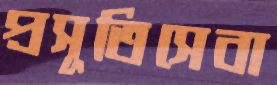
প্রসূতিসেবা